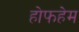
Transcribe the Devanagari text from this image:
होफहेम